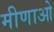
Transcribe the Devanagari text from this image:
मीणाओ